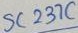
Text: SC237C